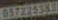
657224383